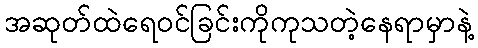
အဆုတ်ထဲရေဝင်ခြင်းကိုကုသတဲ့နေရာမှာနဲ့